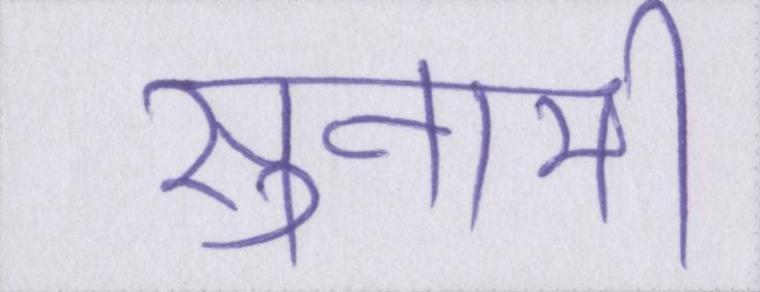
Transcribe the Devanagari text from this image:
सुनामी